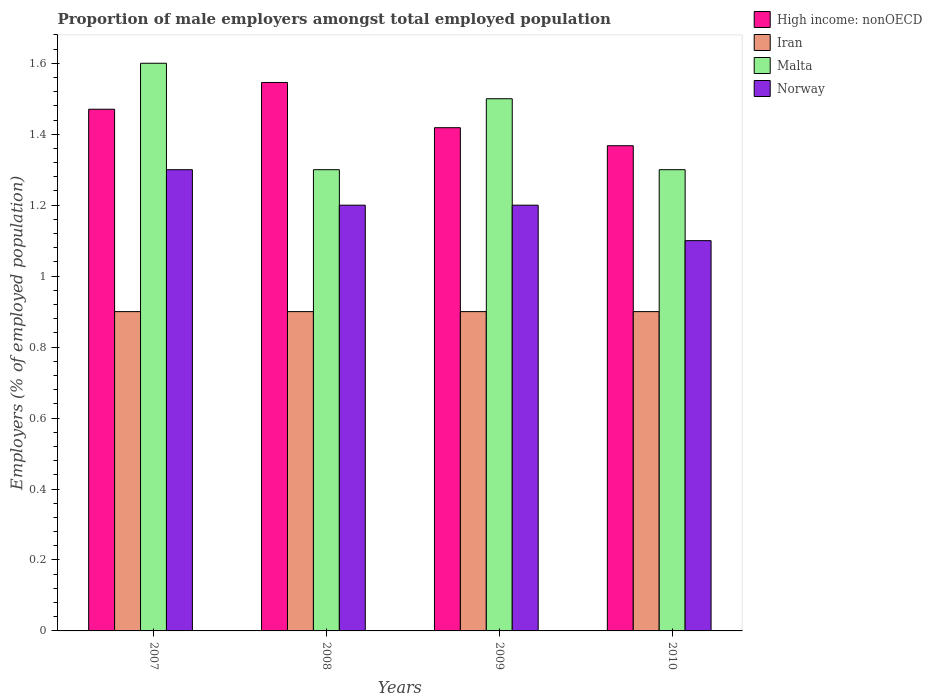
| Years | High income: nonOECD | Iran | Malta | Norway |
 | --- | --- | --- | --- | --- |
 | 2007 | 1.47 | 0.9 | 1.6 | 1.3 |
 | 2008 | 1.55 | 0.9 | 1.3 | 1.2 |
 | 2009 | 1.42 | 0.9 | 1.5 | 1.2 |
 | 2010 | 1.37 | 0.9 | 1.3 | 1.1 |